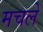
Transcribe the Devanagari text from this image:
मचलें